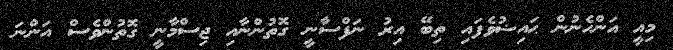
މިއީ އަންހެނުން ޙައިޟުވެފައި ތިބޭ އިރު ނަފްސާނީ ގޮތުންނާއި ޖިސްމާނީ ގޮތުންވެސް އަންނަ